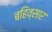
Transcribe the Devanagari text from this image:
बहिव्सार